Vaccine operations Central Provinces & Berar 1922-1929 - 1922-1929
Year: 1922
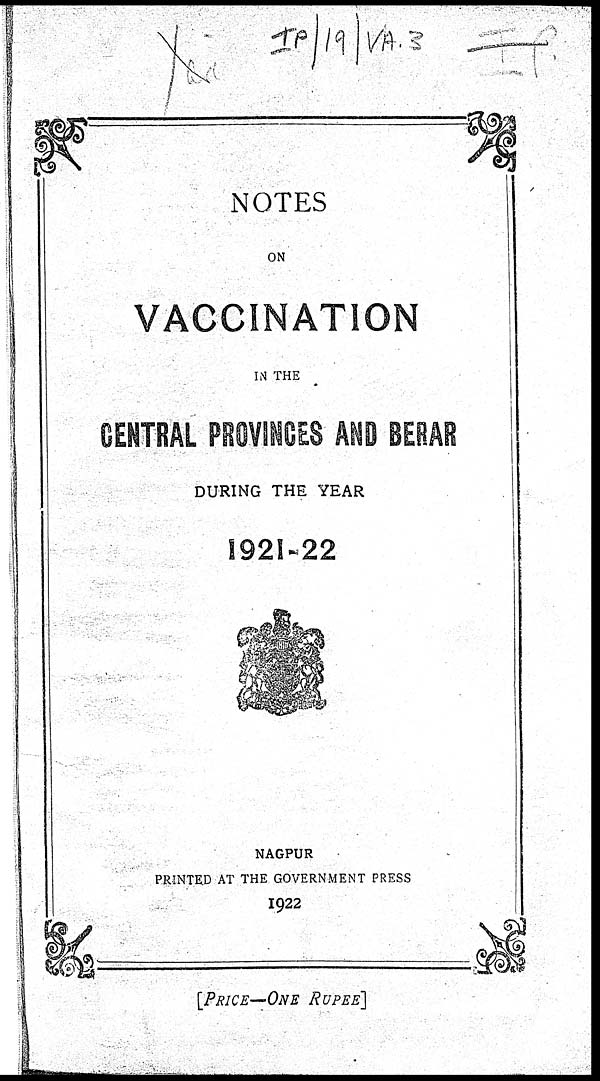
NOTES
ON
VACCINATION
IN THE
CENTRAL PROVINCES AND BERAR
DURING THE YEAR
1921-22
NAGPUR
PRINTED AT THE GOVERNMENT PRESS
1922
[PRICE—ONE RUPEE]